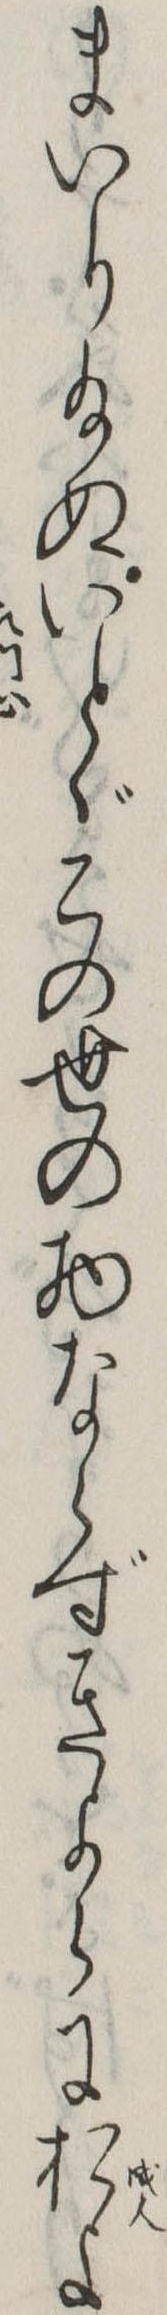
まいり給ぬいとゞこの世の物ならずきよらにおよ